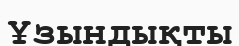
Ұзындықты